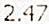
2.47